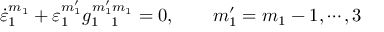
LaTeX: \dot { \varepsilon } _ { 1 } ^ { m _ { 1 } } + \varepsilon _ { 1 } ^ { m _ { 1 } ^ { \prime } } g _ { 1 ~ ~ 1 } ^ { m _ { 1 } ^ { \prime } m _ { 1 } } = 0 , ~ ~ ~ ~ ~ ~ m _ { 1 } ^ { \prime } = m _ { 1 } - 1 , \cdots , 3